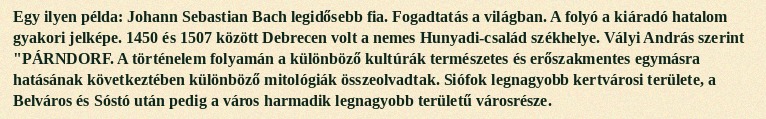
Egy ilyen példa: Johann Sebastian Bach legidősebb fia. Fogadtatás a világban. A folyó a kiáradó hatalom gyakori jelképe. 1450 és 1507 között Debrecen volt a nemes Hunyadi-család székhelye. Vályi András szerint "PÁRNDORF. A történelem folyamán a különböző kultúrák természetes és erőszakmentes egymásra hatásának következtében különböző mitológiák összeolvadtak. Siófok legnagyobb kertvárosi területe, a Belváros és Sóstó után pedig a város harmadik legnagyobb területű városrésze.